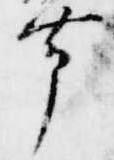
帯